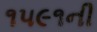
૧૫૯૧ની